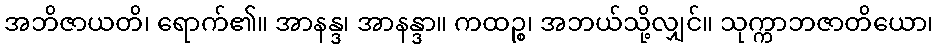
အဘိဇာယတိ၊ ရောက်၏။ အာနန္ဒ၊ အာနန္ဒာ။ ကထဉ္စ၊ အဘယ်သို့လျှင်။ သုက္ကာဘဇာတိယော၊